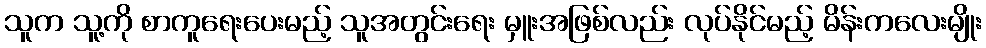
သူက သူ့ကို စာကူရေးပေးမည့် သူအတွင်းရေး မှူးအဖြစ်လည်း လုပ်နိုင်မည့် မိန်းကလေးမျိုး